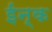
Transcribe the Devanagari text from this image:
ईन्क